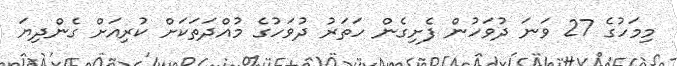
މިމަހުގެ 27 ވަނަ ދުވަހުން ފެށިގެން ހަތަރު ދުވަހުގެ މުއްދަތަކަށް ކުރިއަށް ގެންދިޔަ